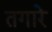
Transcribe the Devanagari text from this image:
तगारे